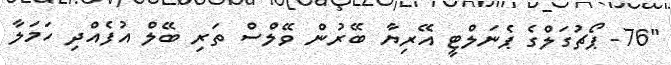
"76- ޕޯޗުގަލްގެ ޕެނަލްޓީ އޭރިޔާ ބޭރުން ވޭލްސް ތަރި ބޭލް އުފެއްދި ހަމަލާ